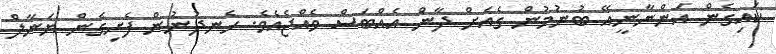
ކައިގެން އަންނާނީއޭ ބުނުމުން ގެއަށް ދާން އެއްބަސް ވެއްޖެއެވެ. ހެނދުނުން ފެށިގެން ޔަނާލް